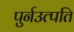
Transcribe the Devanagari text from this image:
पुर्नउत्पति